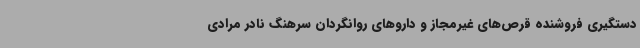
دستگیری فروشنده قرص‌های غیرمجاز و داروهای روانگردان سرهنگ نادر مرادی